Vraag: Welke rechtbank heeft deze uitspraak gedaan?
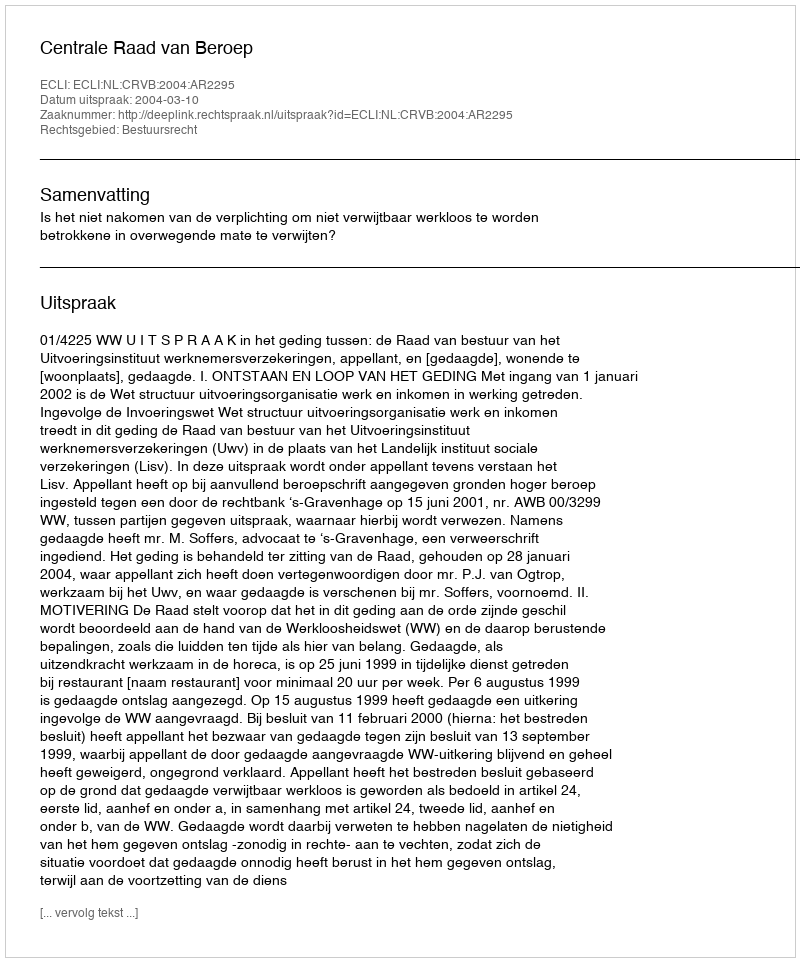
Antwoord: Centrale Raad van Beroep